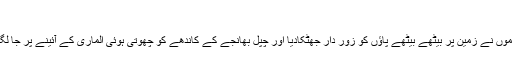
‘‘
ماموں نے زمین پر بیٹھے بیٹھے پاؤں کو زور دار جھٹکادیا اور چپل بھانجے کے کاندھے کو چھوتی ہوئی الماری کے آئینے پر جا لگی۔